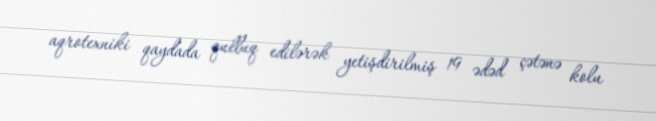
aqrotexniki qaydada qulluq edilərək yetişdirilmiş 19 ədəd çətənə kolu